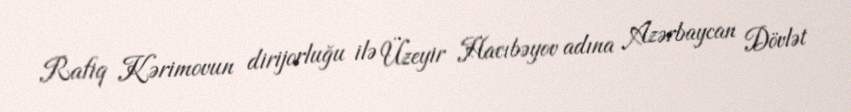
Rafiq Kərimovun dirijorluğu ilə Üzeyir Hacıbəyov adına Azərbaycan Dövlət